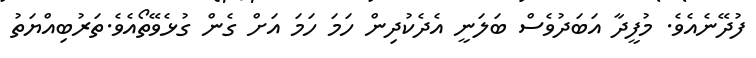
ފުދޭނެއެވެ. މުފީދާ އަބަދުވެސް ބަލަނީ އެދެކުދިން ހަމަ ހަމަ އަށް ގެން ގުޅެވޭތޯއެވެ.ތަރުބިއްޔަތު